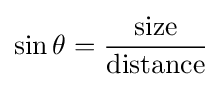
\sin \theta ={\frac {\text{size}}{\text{distance}}}